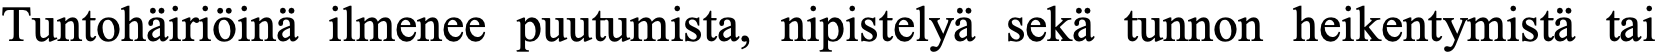
Tuntohäiriöinä ilmenee puutumista, nipistelyä sekä tunnon heikentymistä tai